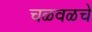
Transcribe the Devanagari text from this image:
चळवळचे